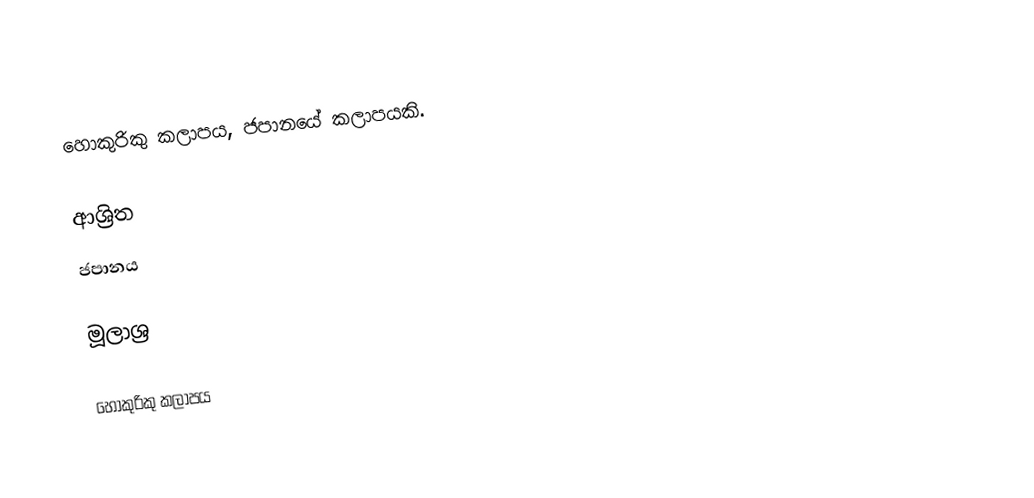
හොකුරිකු කලාපය, ජපානයේ කලාපයකි.

ආශ්‍රිත
 ජපානය

මූලාශ්‍ර

හොකුරිකු කලාපය